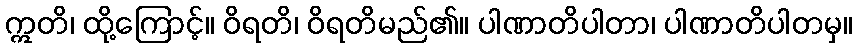
ဣတိ၊ ထို့ကြောင့်။ ဝိရတိ၊ ဝိရတိမည်၏။ ပါဏာတိပါတာ၊ ပါဏာတိပါတမှ။